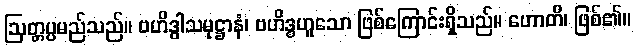
ဩတ္တပ္ပမည်သည်။ ဗဟိဒ္ဓါသမုဋ္ဌာနံ၊ ဗဟိဒ္ဓဟူသော ဖြစ်ကြောင်းရှိသည်။ ဟောတိ၊ ဖြစ်၏။